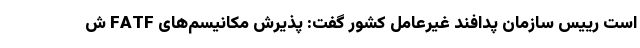
است رییس سازمان پدافند غیرعامل کشور گفت: پذیرش مکانیسم‌های FATF ش